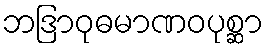
ဘဒြာဝုဓမာဏဝပုစ္ဆာ